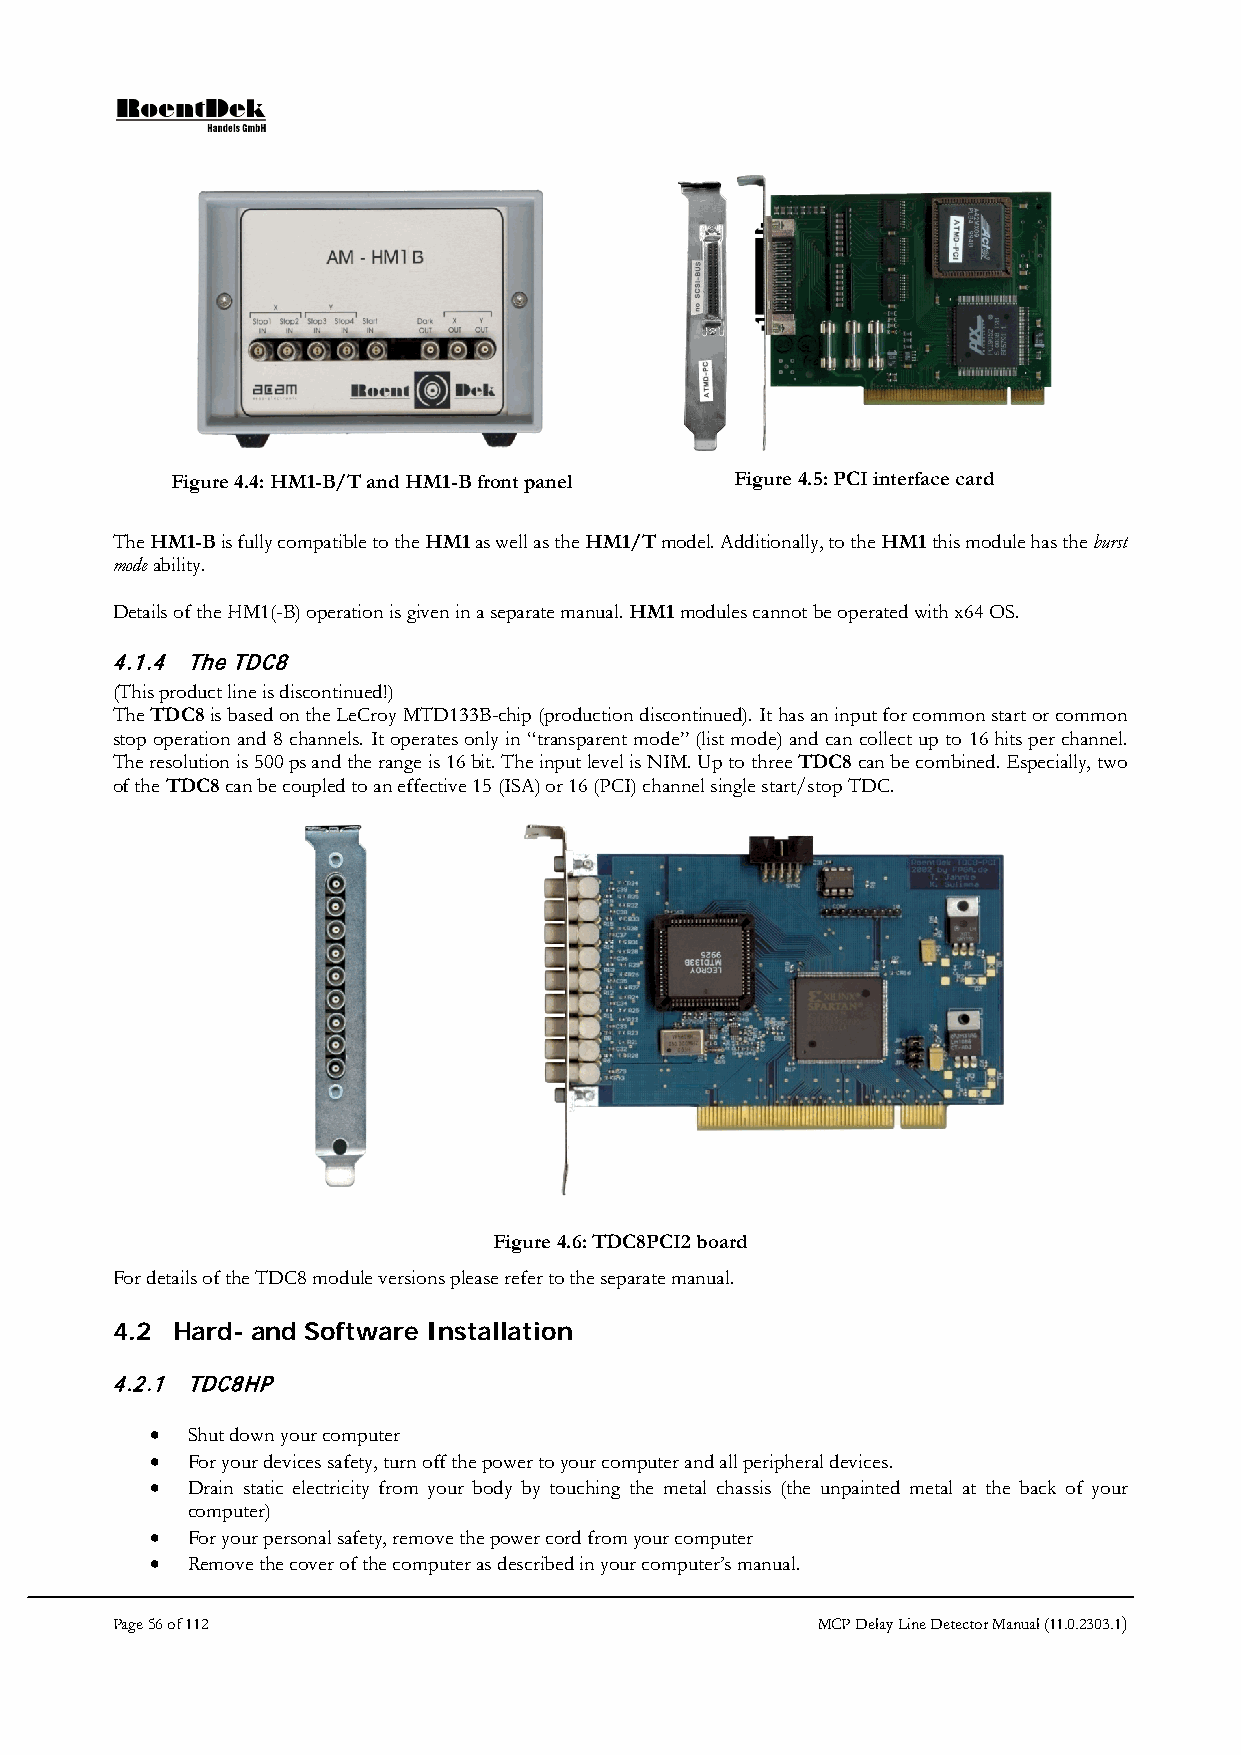
Figure 4.4: HM1-B/T and HM1-B front panel Figure 4.5: PCI interface card
 The HM1-B is fully compatible to the HM1 as well as the HM1/T model. Additionally, to the HM1 this module has the burst
 mode ability.
 Details of the HM1(-B) operation is given in a separate manual. HM1 modules cannot be operated with x64 OS.
 4.1.4 The TDC8
 (This product line is discontinued!)
 The TDC8 is based on the LeCroy MTD133B-chip (production discontinued). It has an input for common start or common
 stop operation and 8 channels. It operates only in “transparent mode” (list mode) and can collect up to 16 hits per channel.
 The resolution is 500 ps and the range is 16 bit. The input level is NIM. Up to three TDC8 can be combined. Especially, two
 of the TDC8 can be coupled to an effective 15 (ISA) or 16 (PCI) channel single start/stop TDC.
 Figure 4.6: TDC8PCI2 board
 For details of the TDC8 module versions please refer to the separate manual.
 4.2 Hard- and Software Installation
 4.2.1 TDC8HP
 • Shut down your computer
 • For your devices safety, turn off the power to your computer and all peripheral devices.
 • Drain static electricity from your body by touching the metal chassis (the unpainted metal at the back of your
 computer)
 • For your personal safety, remove the power cord from your computer
 • Remove the cover of the computer as described in your computer’s manual.
 Page 56 of 112                                 MCP Delay Line Detector Manual (11.0.2303.1)